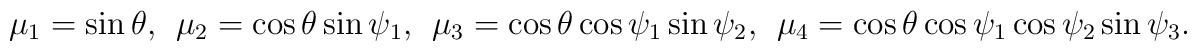
\mu_1=\sin\theta,\ \   \mu_2=\cos\theta\sin\psi_1,\ \ \mu_3=\cos\theta\cos\psi_1\sin\psi_2,\ \ \mu_4=\cos\theta\cos\psi_1\cos\psi_2\sin\psi_3.